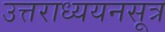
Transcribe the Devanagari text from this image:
उत्तराध्ययनसूत्र